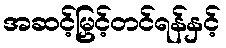
အဆင့်မြှင့်တင်ရန်နှင့်